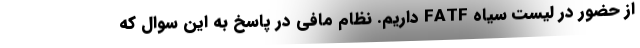
از حضور در لیست سیاه FATF داریم. نظام مافی در پاسخ به این سوال که